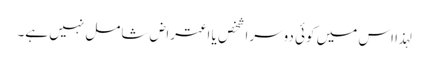
لہذا اس میں کوئی دوسرا شخص یا اعتراض شامل نہیں ہے۔